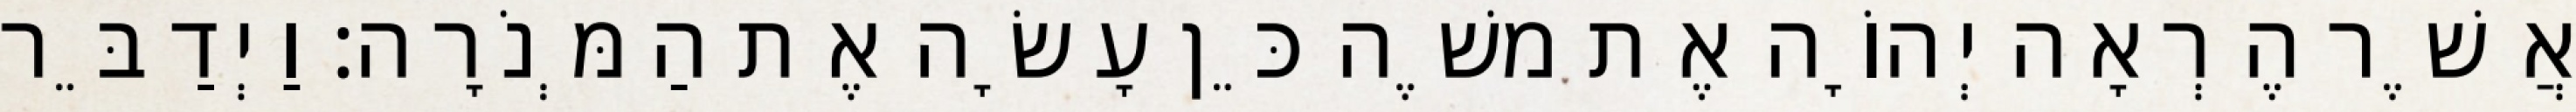
אֲשֶׁר הֶרְאָה יְהוָֹה אֶת משֶׁה כֵּן עָשָׂה אֶת הַמְּנֹרָה׃ וַיְדַבֵּר